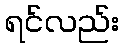
ရင်လည်း